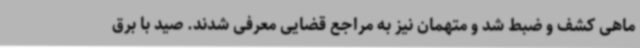
ماهی کشف و ضبط شد و متهمان نیز به مراجع قضایی معرفی شدند. صید با برق